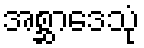
အစ္ဆာဒေသုံ